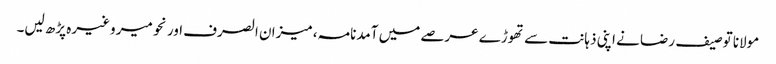
مولانا توصیف رضا نے اپنی ذہانت سے تھوڑے عرصے میں آمدنامہ، میزان الصرف اور نحو میر وغیرہ پڑھ لیں۔